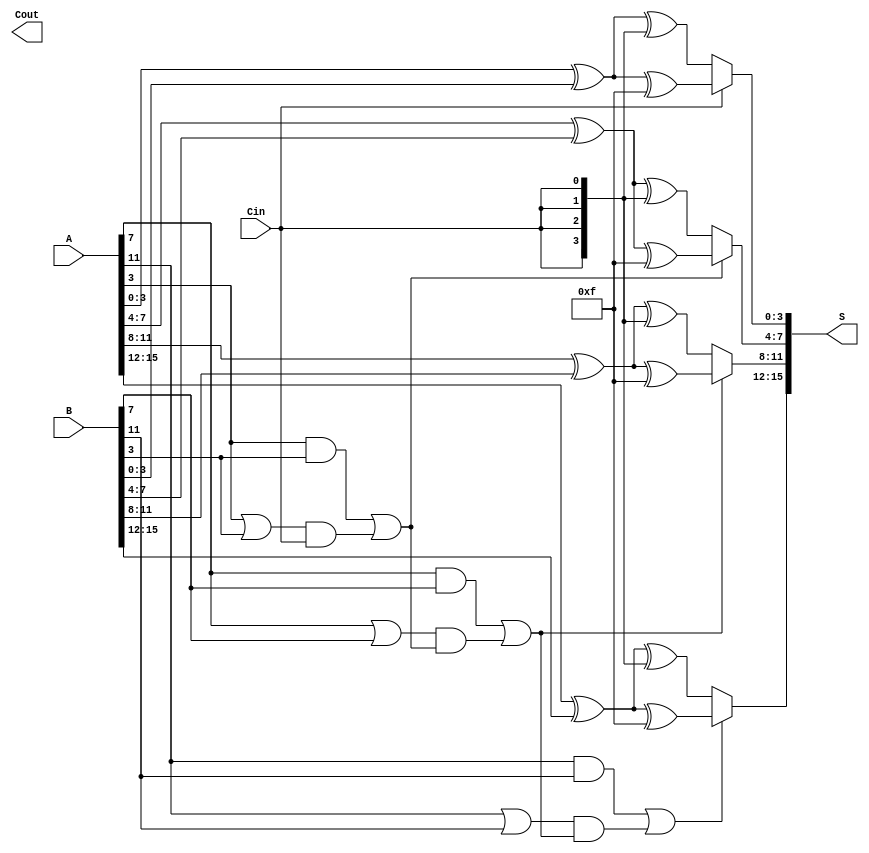
module ParallelPrefixCarrySelectAdder #(
    parameter N = 16, // Total bit width of the adder
    parameter K = 4   // Bit width of each segment/block
) (
    input [N-1:0] A,
    input [N-1:0] B,
    input Cin,
    output [N-1:0] S,
    output Cout
);

    localparam NUM_BLOCKS = N / K;

    // Intermediate signals
    wire [N-1:0] G; // Generate signals
    wire [N-1:0] P; // Propagate signals
    wire [NUM_BLOCKS:0] C; // Carry signals for each block

    // Generate and propagate signals
    genvar i;
    generate
        for (i = 0; i < N; i = i + 1) begin : gen_prop
            assign G[i] = A[i] & B[i];
            assign P[i] = A[i] | B[i];
        end
    endgenerate

    // Carry generation using Kogge-Stone method
    generate
        for (i = 0; i < NUM_BLOCKS; i = i + 1) begin : carry_gen
            if (i == 0) begin
                assign C[i] = Cin; // Initial carry-in
            end else begin
                assign C[i] = G[(i*K)-1] | (P[(i*K)-1] & C[i-1]); // Carry generation
            end
        end
    endgenerate

    // Sum calculation
    generate
        for (i = 0; i < NUM_BLOCKS; i = i + 1) begin : sum_calc
            wire [K-1:0] block_A = A[(i*K) +: K];
            wire [K-1:0] block_B = B[(i*K) +: K];
            wire local_C0, local_C1; // Carry out for local sums

            // Compute local sums assuming carry-in as 0 and 1
            assign local_C0 = Cin;
            assign local_C1 = 1'b1;

            // Local sum computation
            wire [K-1:0] sum0 = block_A ^ block_B ^ {K{local_C0}};
            wire [K-1:0] sum1 = block_A ^ block_B ^ {K{local_C1}};

            // Mux to select the correct sum based on carry
            assign S[(i*K) +: K] = C[i] ? sum1 : sum0;
        end
    endgenerate

    // Determine final carry-out
    assign Cout = C[NUM_BLOCKS];

endmodule